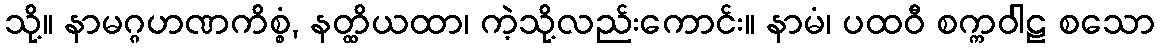
သို့။ နာမဂ္ဂဟဏကိစ္စံ, နတ္ထိယထာ၊ ကဲ့သို့လည်းကောင်း။ နာမံ၊ ပထဝီ စက္ကဝါဠ စသော